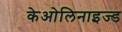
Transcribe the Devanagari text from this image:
केओलिनाइज्ड